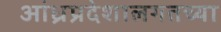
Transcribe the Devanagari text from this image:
आंध्रप्रदेशालगतच्या